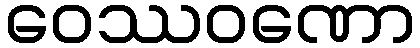
ဝေဿဝဏော